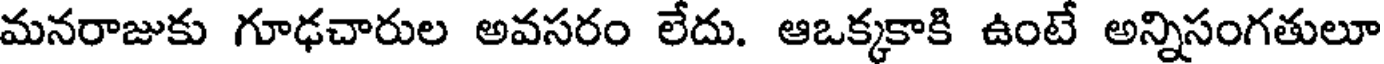
మనరాజుకు గూఢచారుల అవసరం లేదు. ఆఒక్కకాకి ఉంటే అన్నిసంగతులూ